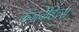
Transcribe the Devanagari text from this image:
कंजर्वेटिव्स